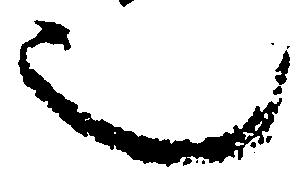
也